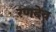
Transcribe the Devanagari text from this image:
रणदेव